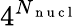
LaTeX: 4^{N_{\mathrm{~n~u~c~l~}}}